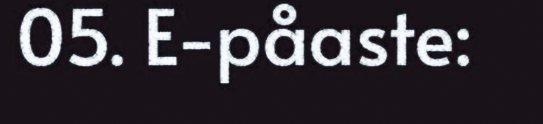
05. E-påaste: